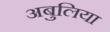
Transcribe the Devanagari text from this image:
अबुलिया